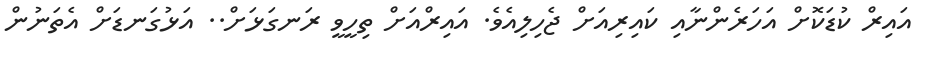
އައިރް ކުޑަކޮށް އަހަރެންނާއި ކައިރިއަށް ޖެހިލިއެވެ. އައިރްއަށް ތިހީވީ ރަނގަޅަށް.. އަޅުގަނޑަށް އެތަނުން